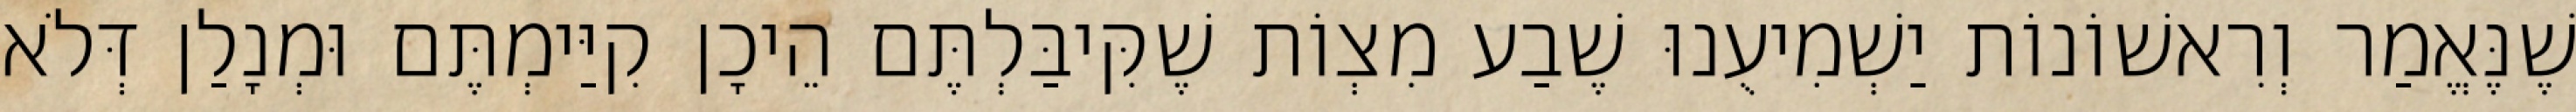
שֶׁנֶּאֱמַר וְרִאשׁוֹנוֹת יַשְׁמִיעֻנוּ שֶׁבַע מִצְוֹת שֶׁקִּיבַּלְתֶּם הֵיכָן קִיַּימְתֶּם וּמְנָלַן דְּלֹא